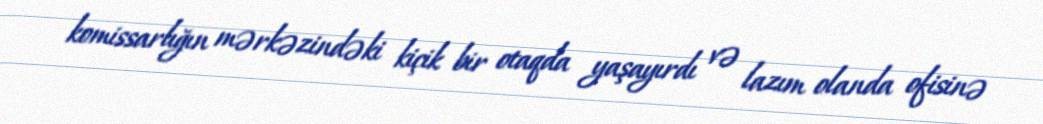
komissarlığın mərkəzindəki kiçik bir otaqda yaşayırdı və lazım olanda ofisinə